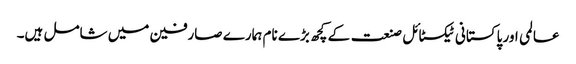
عالمی اور پاکستانی ٹیکسٹائل صنعت کے کچھ بڑے نام ہمارے صارفین میں شامل ہیں۔